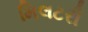
મિલટરી